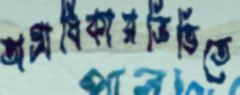
অগ্রাধিকারভিত্তিতে